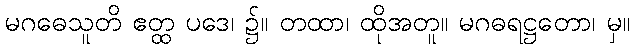
မဂဓေသူတိ ဧတ္ထ ပဒေ၊ ၌။ တထာ၊ ထိုအတူ။ မဂဓရဋ္ဌတော၊ မှ။